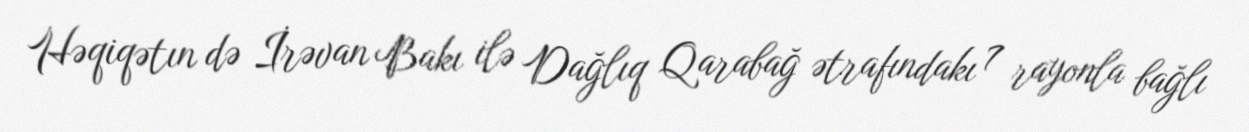
Həqiqətın də İrəvan Bakı ilə Dağlıq Qarabağ ətrafındakı 7 rayonla bağlı